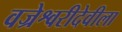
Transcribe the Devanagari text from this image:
वज्रेश्वरीदेवीला